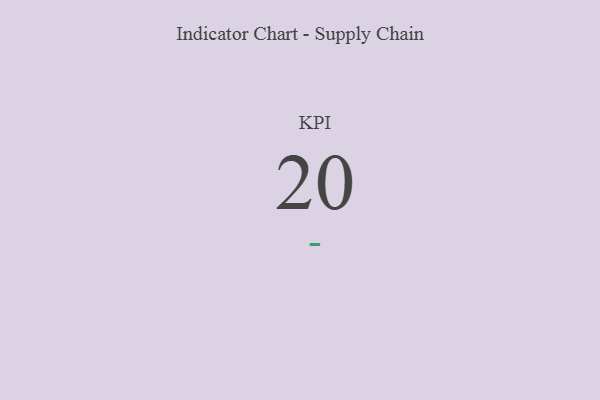
{"axis": {"x": "KPI", "y": "Value"}, "legend": [""], "data": [{"x": "KPI", "y": 20, "type": ""}]}